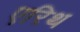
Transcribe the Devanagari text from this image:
एरिथ